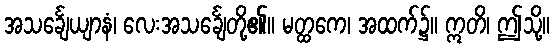
အသင်္ချေယျာနံ၊ လေးအသင်္ချေတို့၏။ မတ္ထကေ၊ အထက်၌။ ဣတိ၊ ဤသို့။